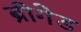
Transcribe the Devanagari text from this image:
ब्रीगेड